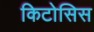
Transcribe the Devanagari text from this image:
किटोसिस